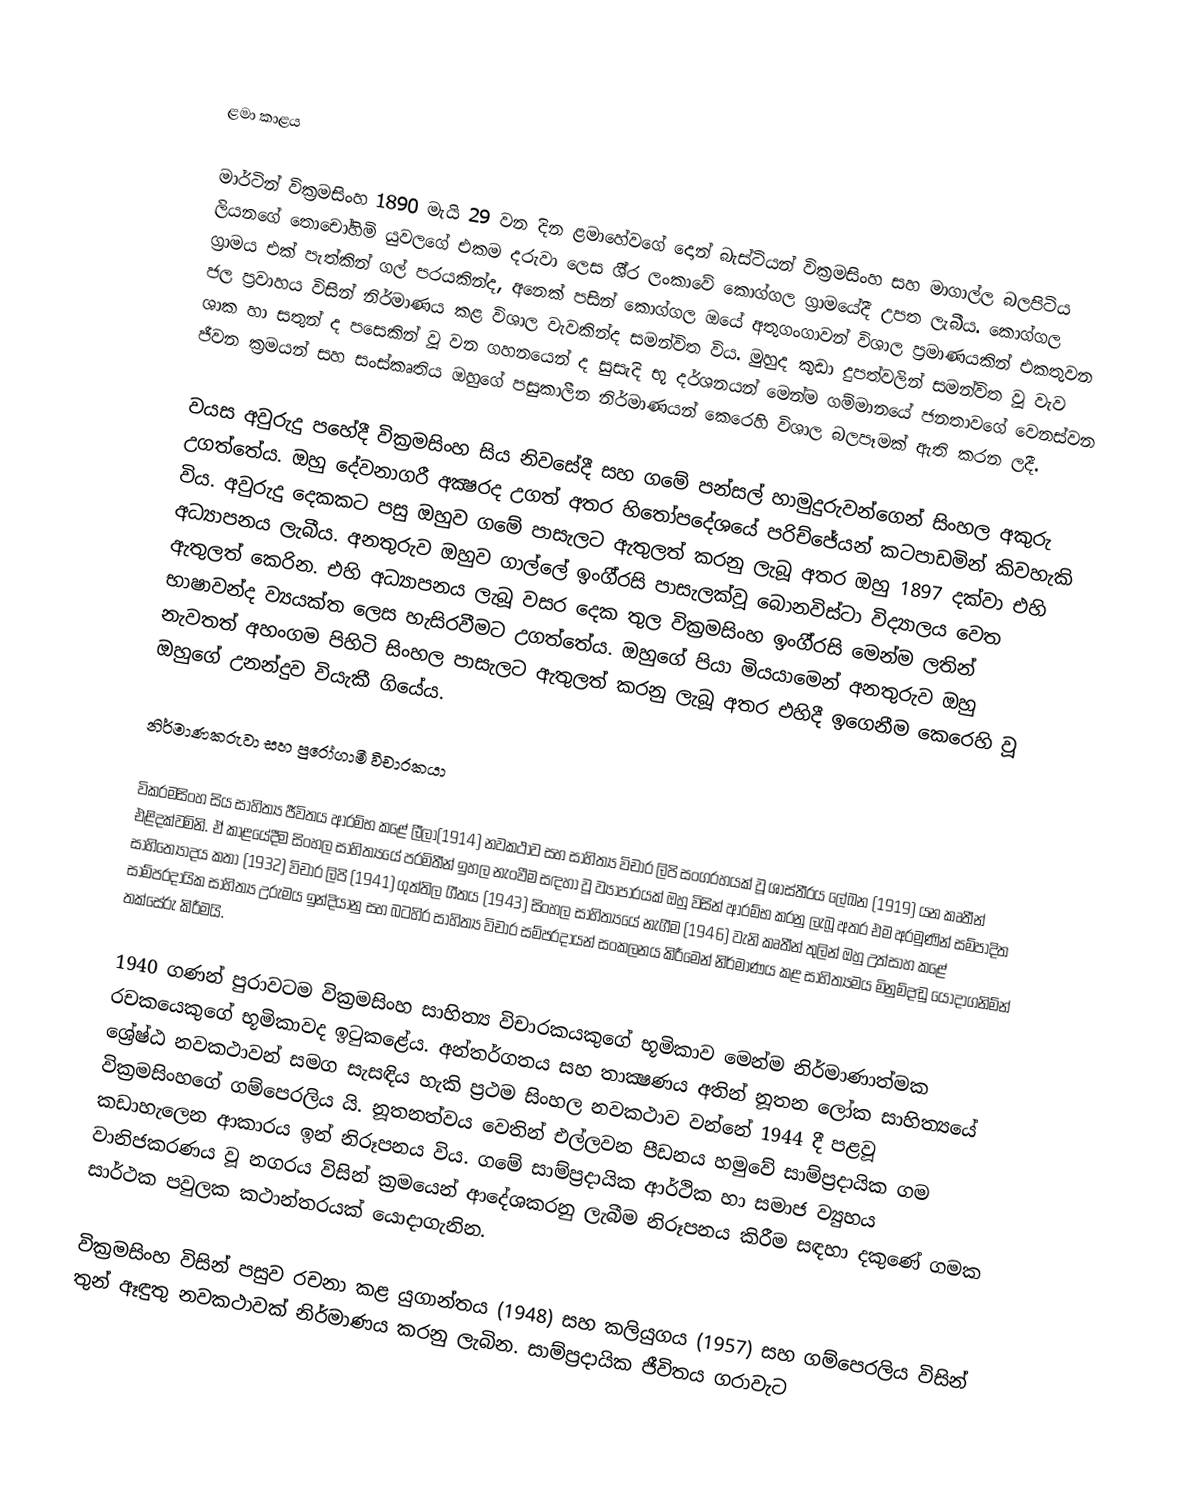

ළමා කාළය

මාර්ටින් වික‍්‍රමසිංහ 1890 මැයි 29 වන දින ළමාහේවගේ දොන් බැස්ටියන් වික‍්‍රමසිංහ සහ මාගාල්ල බලපිටිය ලියනගේ තොචෝහිමි යුවලගේ එකම දරුවා ලෙස ශී‍්‍ර ලංකාවේ කොග්ගල ග‍්‍රාමයේදී උපත ලැබීය. කොග්ගල ග‍්‍රාමය එක් පැත්කින් ගල් පරයකින්ද, අනෙක් පසින් කොග්ගල ඔයේ අතුගංගාවන් විශාල ප‍්‍රමාණයකින් එකතුවන ජල ප‍්‍රවාහය විසින් නිර්මාණය කළ විශාල වැවකින්ද සමන්විත විය. මුහුද කුඩා දුපත්වලින් සමන්විත වූ වැව ශාක හා සතුන් ද පසෙකින් වූ වන ගහනයෙන් ද සුසැදි භූ දර්ශනයන් මෙන්ම ගම්මානයේ ජනතාවගේ වෙනස්වන ජීවන ක්‍රමයන් සහ සංස්කෘතිය ඔහුගේ පසුකාලීන නිර්මාණයන් කෙරෙහි විශාල බලපෑමක් ඇති කරන ලදී.

වයස අවුරුදු පහේදී වික‍්‍රමසිංහ සිය නිවසේදී සහ ගමේ පන්සල් හාමුදුරුවන්ගෙන් සිංහල අකුරු උගත්තේය. ඔහු දේවනාගරී අක්‍ෂරද උගත් අතර හිතෝපදේශයේ පරිච්ජේයන් කටපාඩමින් කිවහැකි විය. අවුරුදු දෙකකට පසු ඔහුව ගමේ පාසැලට ඇතුලත් කරනු ලැබූ අතර ඔහු 1897 දක්වා එහි අධ්‍යාපනය ලැබීය. අනතුරුව  ඔහුව ගාල්ලේ ඉංගී‍්‍රසි පාසැලක්වූ බොනවිස්ටා විද්‍යාලය වෙත ඇතුලත් කෙරින. එහි අධ්‍යාපනය ලැබූ වසර දෙක තුල වික‍්‍රමසිංහ ඉංගී‍්‍රසි මෙන්ම ලතින් භාෂාවන්ද ව්‍යයක්ත ලෙස හැසිරවීමට උගත්තේය. ඔහුගේ පියා මියයාමෙන් අනතුරුව ඔහු නැවතත් අහංගම පිහිටි සිංහල පාසැලට ඇතුලත් කරනු ලැබූ අතර එහිදී ඉගෙනීම කෙරෙහි වූ ඔහුගේ උනන්දුව වියැකී ගියේය.

නිර්මාණකරුවා සහ පුරෝගාමී විචාරකයා

වික‍්‍රමසිංහ සිය සාහිත්‍ය ජීවිතය ආරම්භ කළේ ලීලා(1914) නවකථාව සහ සාහිත්‍ය විචාර ලිපි සංග‍්‍රහයක් වූ ශාස්තී‍්‍රය ලේඛන (1919) යන කෘතීන් එළිදක්වමිනි. ඒ කාළයේදීම සිංහල සාහිත්‍යයේ ප‍්‍රමිතීන් ඉහල නැංවීම සඳහා වූ ව්‍යාපාරයක් ඔහු විසින් ආරම්භ කරනු ලැබූ අතර එම අරමුණින් සම්පාදිත සාහිත්‍යෝදය කතා (1932) විචාර ලිපි (1941) ගුත්තිල ගීතය (1943) සිංහල සාහිත්‍යයේ නැගීම (1946) වැනි කෘතීන් තුලින් ඔහු උත්සාහ කළේ සාම්ප‍්‍රදායික සාහිත්‍ය උරුමය ඉන්දියානු සහ බටහිර සාහිත්‍ය විචාර සම්ප‍්‍රදායන් සංකලනය කිරීමෙන් නිර්මාණය කළ සාහිත්‍යමය මිනුම්දඬු යොදාගනිම්න් තක්සේරු කිරීමයි.

1940 ගණන් පුරාවටම වික‍්‍රමසිංහ සාහිත්‍ය විචාරකයකුගේ භූමිකාව මෙන්ම නිර්මාණාත්මක රචකයෙකුගේ භූමිකාවද ඉටුකළේය. අන්තර්ගතය සහ තාක්‍ෂණය අතින් නූතන ලෝක සාහිත්‍යයේ ශ්‍රේෂ්ඨ නවකථාවන් සමග සැසඳිය හැකි ප‍්‍රථම සිංහල නවකථාව වන්නේ 1944 දී පළවූ වික‍්‍රමසිංහගේ ගම්පෙරලිය යි. නූතනත්වය වෙතින් එල්ලවන පීඩනය හමුවේ සාම්ප‍්‍රදායික ගම කඩාහැලෙන ආකාරය ඉන් නිරූපනය විය. ගමේ සාම්ප‍්‍රදායික ආර්ථික හා සමාජ ව්‍යුහය වානිජකරණය වූ නගරය විසින් ක‍්‍රමයෙන් ආදේශකරනු ලැබීම නිරූපනය කිරීම සඳහා දකුණේ ගමක සාර්ථක පවුලක කථාන්තරයක් යොදාගැනින.

වික‍්‍රමසිංහ විසින් පසුව රචනා කළ යුගාන්තය (1948) සහ කලියුගය (1957) සහ ගම්පෙරලිය විසින් තුන් ඈඳුතු නවකථාවක් නිර්මාණය කරනු ලැබින. සාම්ප‍්‍රදායික ජීවිතය ගරාවැට